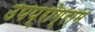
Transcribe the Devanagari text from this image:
उपप्रोग्राम